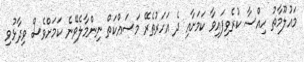
މައުލޫމާތު ހިއްސާ ކުރެވިފައިވާ ކަަމަށާއި ދެ އަހަރުތެރޭ މަސައްކަތް ނިންމާލެވޭނެ ކަމަށްވެސް ވިދާޅުވި